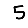
Digit: 5